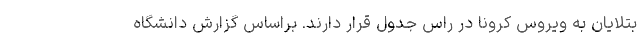
بتلایان به ویروس کرونا در راس جدول قرار دارند. براساس گزارش دانشگاه